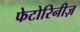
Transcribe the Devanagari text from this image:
फेटोरिनीज़